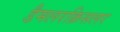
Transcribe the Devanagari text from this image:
डैमलरक्रिसलर